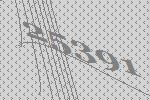
25391